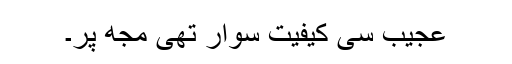
عجیب سی کیفیت سوار تھی مجھ پر۔